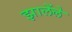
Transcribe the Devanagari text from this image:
झालेंले